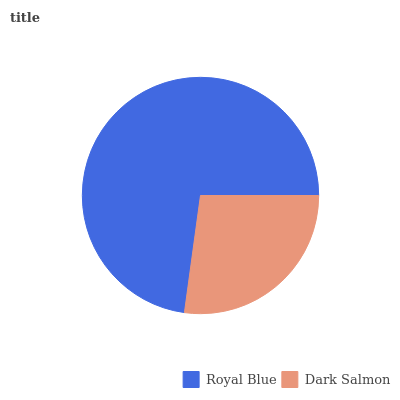
| Royal Blue | Dark Salmon |
 | --- | --- |
 | 72.8% | 27.2% |